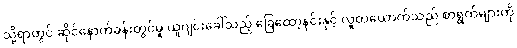
သို့ရာတွင် ဆိုင်နောက်ခန်းတွင်မူ ယူဂျင်းခေါ်သည့် ခြေထော့နင်းနှင့် လူတယောက်သည် စာရွက်များကို